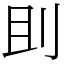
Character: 刞